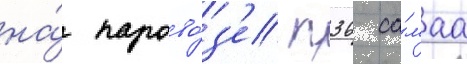
на́ парово́з'е п36 са́маа